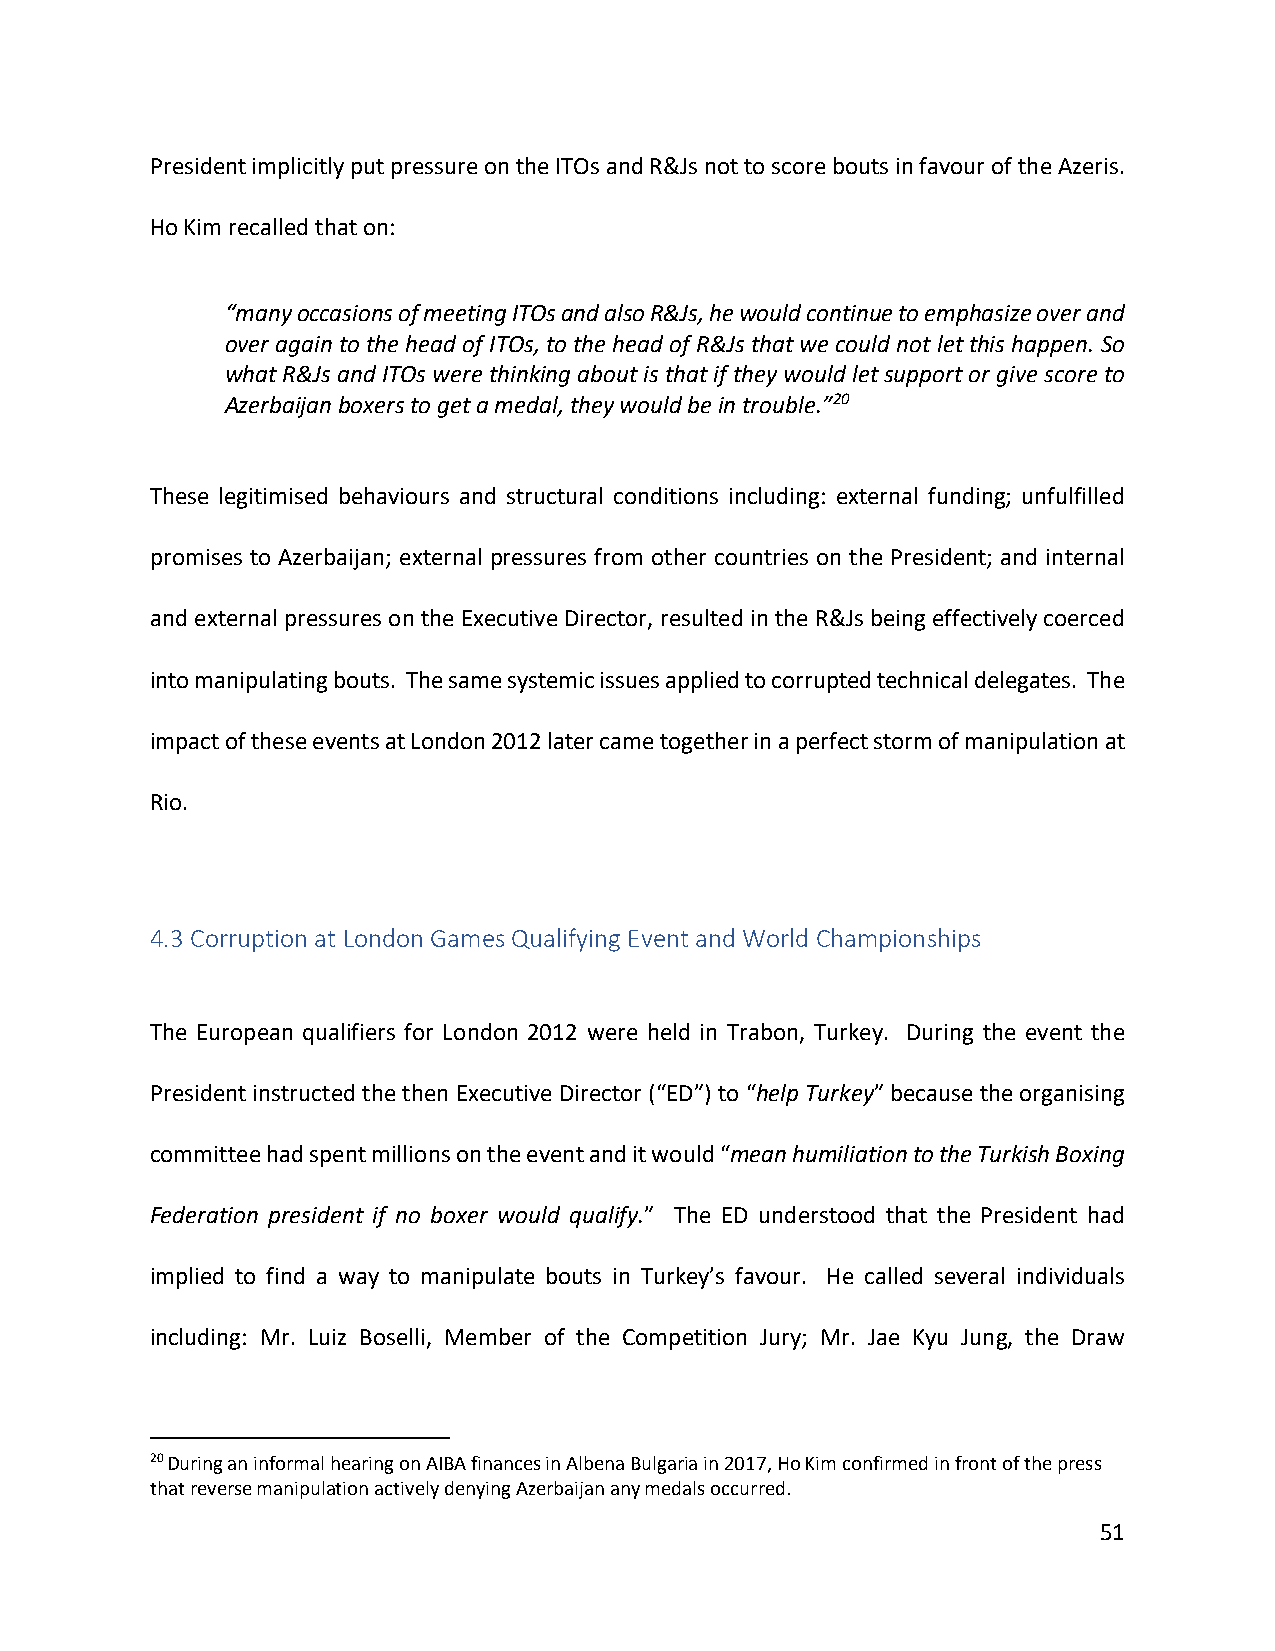
President implicitly put pressure on the ITOs and R&Js not to score bouts in favour of the Azeris.
 Ho Kim recalled that on:
 “many occasions of meeting ITOs and also R&Js, he would continue to emphasize over and
 over again to the head of ITOs, to the head of R&Js that we could not let this happen. So
 what R&Js and ITOs were thinking about is that if they would let support or give score to
 Azerbaijan boxers to get a medal, they would be in trouble.”20
 These legitimised behaviours and structural conditions including: external funding; unfulfilled
 promises to Azerbaijan; external pressures from other countries on the President; and internal
 and external pressures on the Executive Director, resulted in the R&Js being effectively coerced
 into manipulating bouts. The same systemic issues applied to corrupted technical delegates. The
 impact of these events at London 2012 later came together in a perfect storm of manipulation at
 Rio.
 4.3 Corruption at London Games Qualifying Event and World Championships
 The European qualifiers for London 2012 were held in Trabon, Turkey. During the event the
 President instructed the then Executive Director (“ED”) to “help Turkey” because the organising
 committee had spent millions on the event and it would “mean humiliation to the Turkish Boxing
 Federation president if no boxer would qualify.” The ED understood that the President had
 implied to find a way to manipulate bouts in Turkey’s favour. He called several individuals
 including: Mr. Luiz Boselli, Member of the Competition Jury; Mr. Jae Kyu Jung, the Draw
 20 During an informal hearing on AIBA finances in Albena Bulgaria in 2017, Ho Kim confirmed in front of the press
 that reverse manipulation actively denying Azerbaijan any medals occurred.
 51